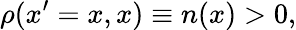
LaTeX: \rho(x^{\prime}=x,x)\equiv n(x)>0,